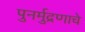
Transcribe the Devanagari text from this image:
पुनर्मुद्रणाचे